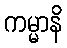
ကမ္မာနိ